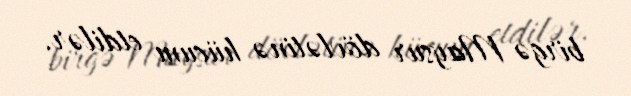
birgə Maysur dövlətinə hücum etdilər.